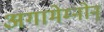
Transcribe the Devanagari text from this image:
अगामेम्नोन्